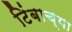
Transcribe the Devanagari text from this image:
टिंबाच्या